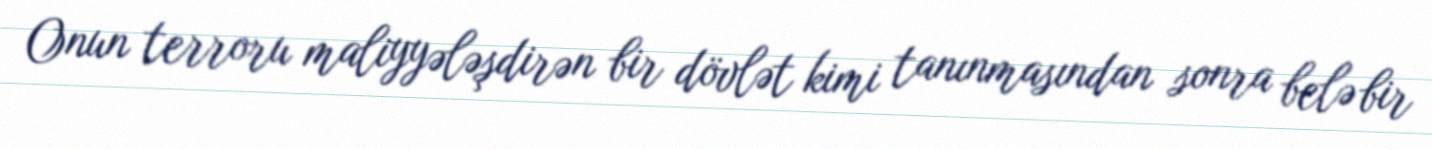
Onun terroru maliyyələşdirən bir dövlət kimi tanınmasından sonra belə bir